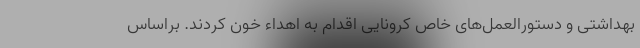
بهداشتی و دستورالعمل‌های خاص کرونایی اقدام به اهداء خون کردند. براساس